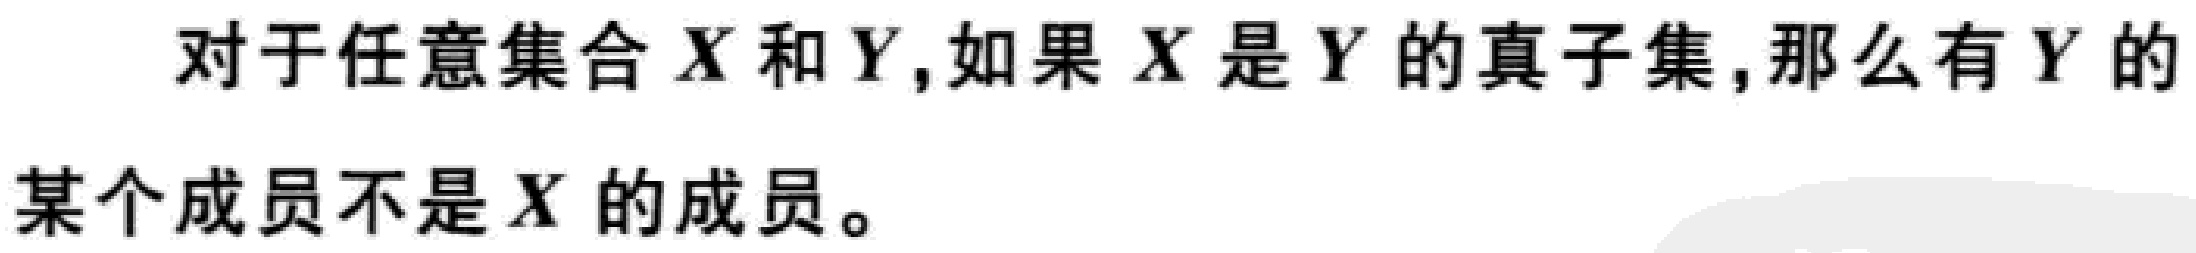
对于任意集合\(X\)和\(Y\)，如果\(X\)是\(Y\)的真子集，那么有\(Y\)的某个成员不是\(X\)的成员。